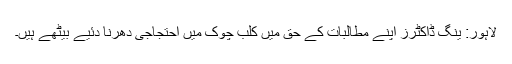
لاہور: ینگ ڈاکٹرز اپنے مطالبات کے حق میں کلب چوک میں احتجاجی دھرنا دئیے بیٹھے ہیں۔